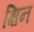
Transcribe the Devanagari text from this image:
क्षिन